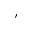
\prime